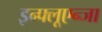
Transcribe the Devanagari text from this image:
इन्फ्लूएन्जा